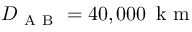
D _ { \mathrm { ~ A ~ B ~ } } = 4 0 , 0 0 0 \, \mathrm { ~ k ~ m ~ }